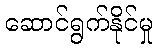
ဆောင်ရွက်နိုင်မှု